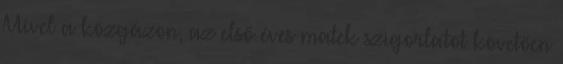
Mivel a közgázon, az első éves matek szigorlatot követően